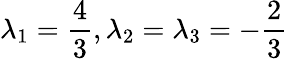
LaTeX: \lambda_{1}=\frac{4}{3},\lambda_{2}=\lambda_{3}=-\frac{2}{3}